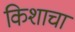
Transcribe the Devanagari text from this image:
किशाचा